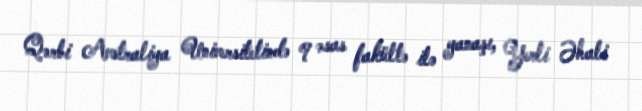
Qərbi Avstraliya Universitetində 9 əsas fakültə ilə yanaşı, Yerli Əhali